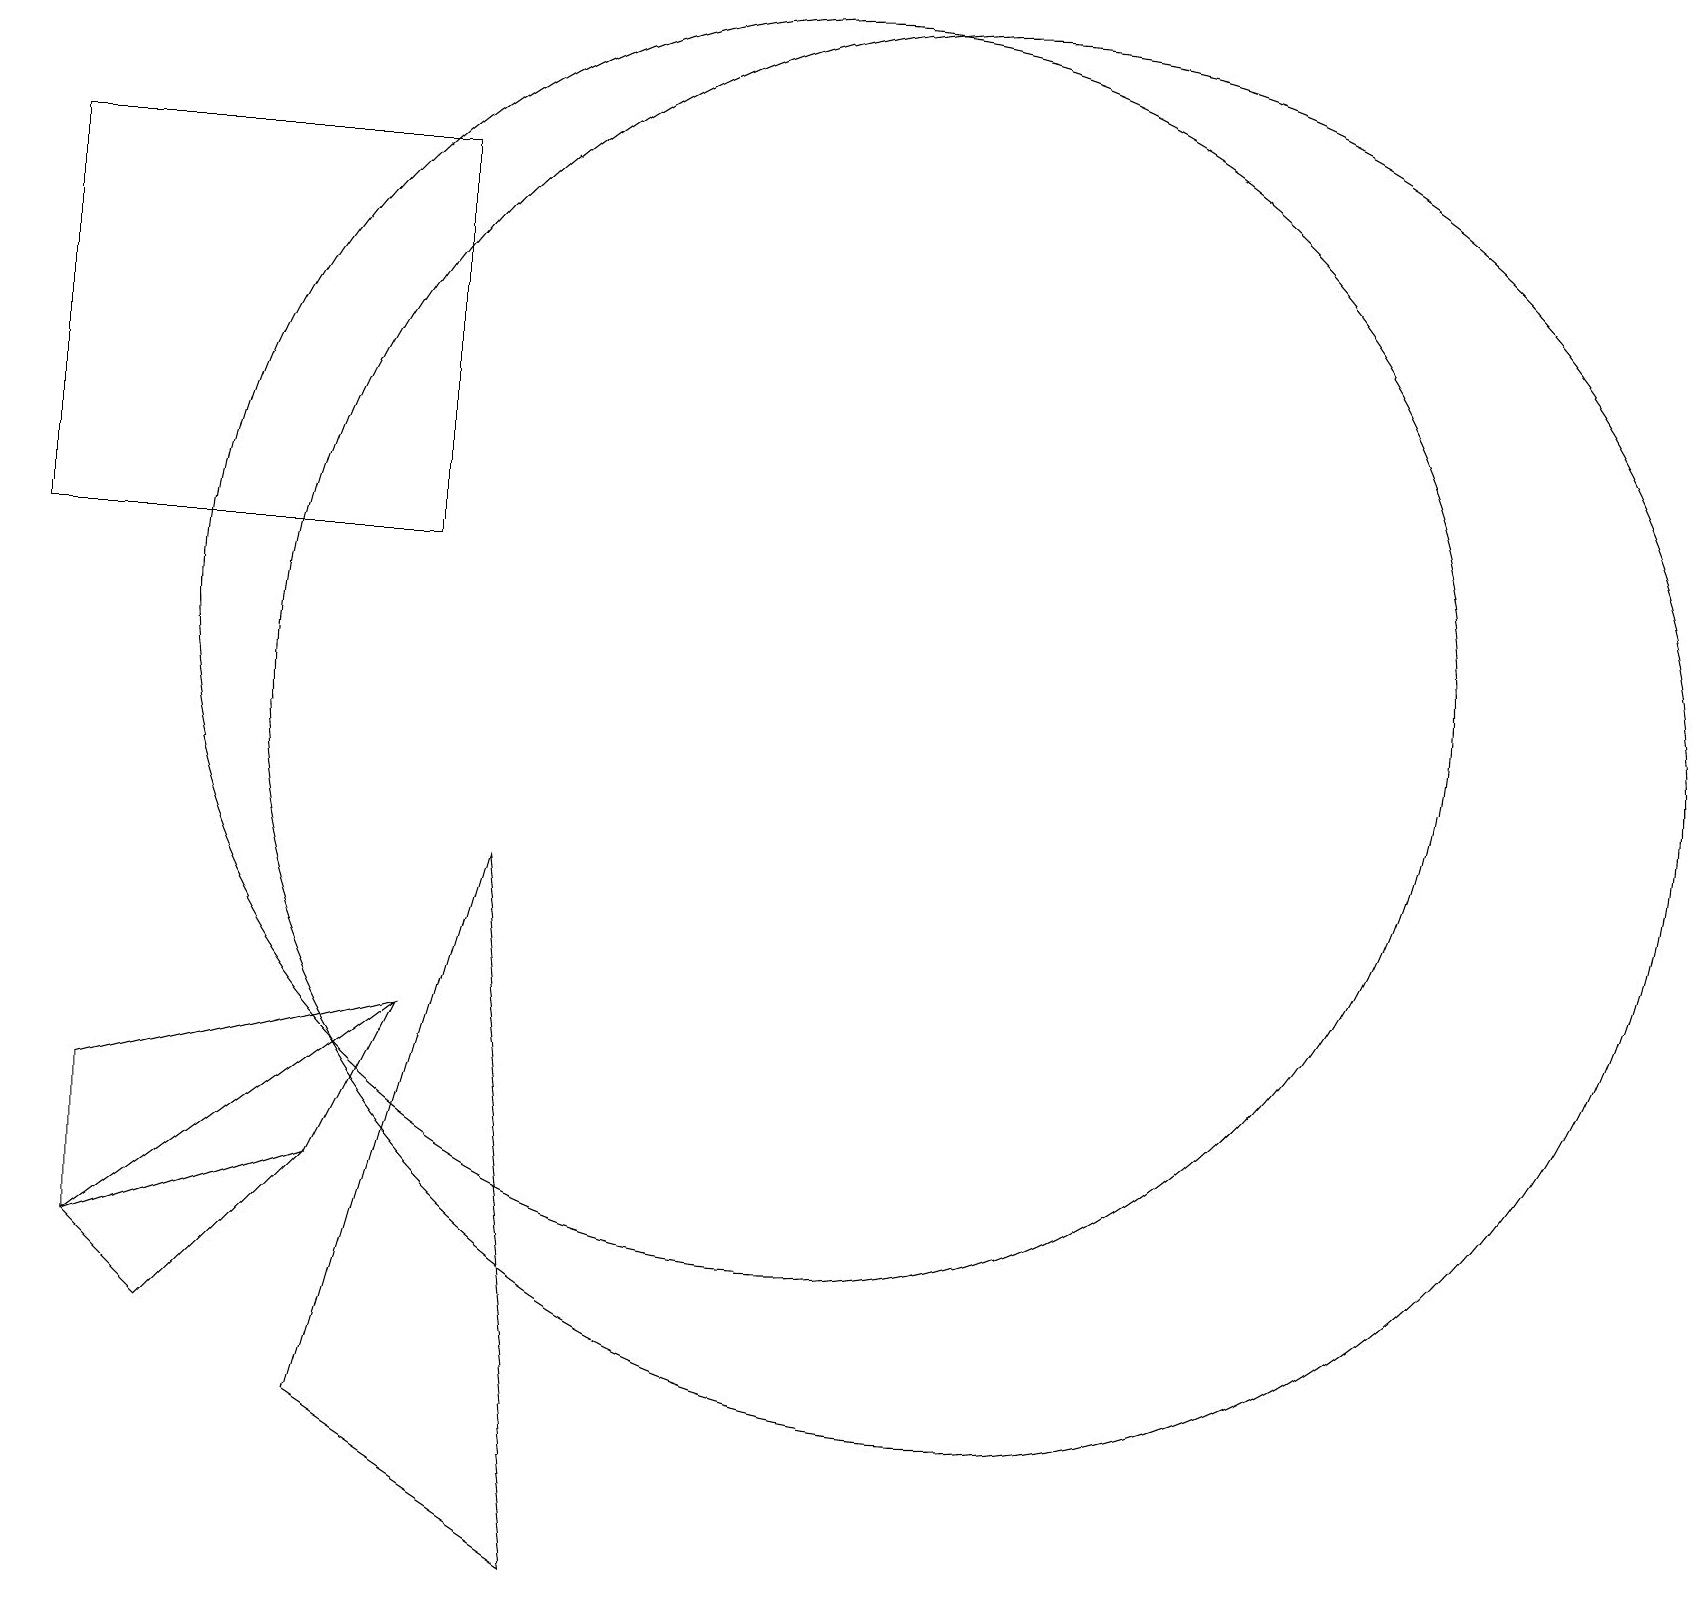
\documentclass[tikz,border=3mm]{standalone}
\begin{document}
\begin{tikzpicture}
\draw (10,12) circle (8);
\draw (12,11) circle (9);
\draw (0,13) rectangle (5,18);
\draw (4,5) -- (2,3) -- (1,4) -- cycle;
\draw (5,7) -- (5,7) -- (4,5) -- cycle;
\draw (5,7) -- (1,6) -- (1,4) -- cycle;
\draw (7,0) -- (4,2) -- (6,9) -- cycle;
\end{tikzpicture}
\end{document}